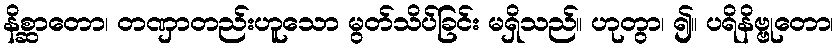
နိစ္ဆာတော၊ တဏှာတည်းဟူသော မွတ်သိပ်ခြင်း မရှိသည်။ ဟုတွာ၊ ၍။ ပရိနိဗ္ဗုတော၊